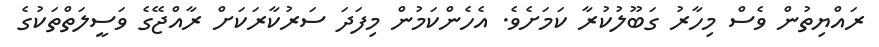
ރައްޔިތުން ވެސް މިހާރު ގަބޫލުކުރާ ކަމަށެވެ. އެހެންކަމުން މިފަދަ ސަރުކާރަކަށް ރާއްޖޭގެ ވަސީލަތްތަކުގެ